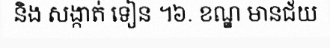
និង សង្កាត់ ទៀន ។៦. ខណ្ឌ មានជ័យ